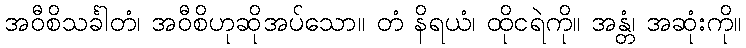
အဝီစိသင်္ခါတံ၊ အဝီစိဟုဆိုအပ်သော။ တံ နိရယံ၊ ထိုငရဲကို။ အန္တံ၊ အဆုံးကို။